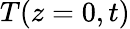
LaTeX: T(z=0,t)